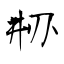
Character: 刱